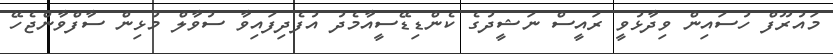
މައުރޫފް ހުސައިން ވިދާޅުވީ ރައީސް ނަޝީދުގެ ކެންޑިޑޭސީއާމެދު އުފެދިފައިވާ ސުވާލް މުޅިން ސާފްވާންޖެހޭ